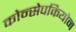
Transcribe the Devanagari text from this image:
कोन्सेपकियोन